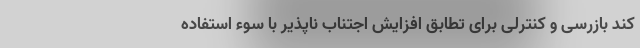
کند بازرسی و کنترلی برای تطابق افزایش اجتناب ناپذیر با سوء استفاده